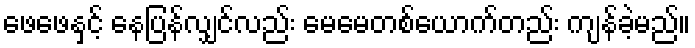
ဖေဖေနှင့် နေပြန်လျှင်လည်း မေမေတစ်ယောက်တည်း ကျန်ခဲ့မည်။